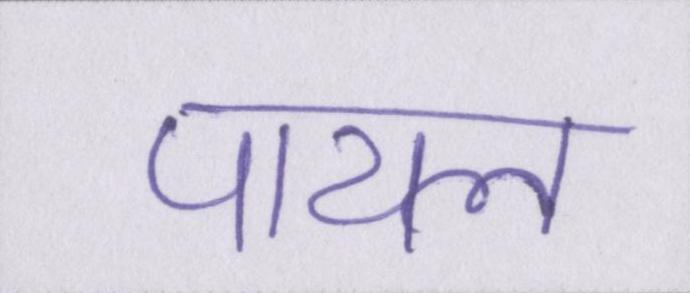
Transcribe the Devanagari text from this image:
पायल